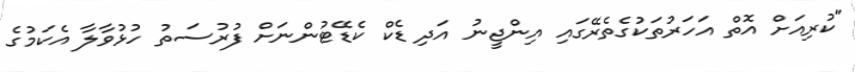
"ކުރިއަށް އޮތް އަހަރުތަކުގެތެރޭގައި އިންޖީނު އަދި ޑެކް ކެޑޭޓުންނަށް ފުރުސަތު ހުޅުވާލާ އެކަމުގެ